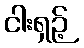
ငါးရှဉ့်